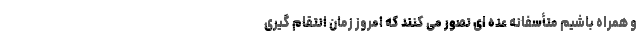
و همراه باشیم متأسفانه عده ای تصور می کنند که امروز زمان انتقام گیری